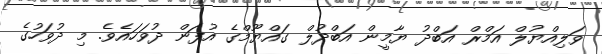
ވަލިއްޔުލް އަމްރް އަބްދު ޔާމީން އަބްދުލް ގައްޔޫމްގެ އުފަން ދުވަހައެވެ. މި ދުވަހުގެ